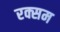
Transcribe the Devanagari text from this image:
रक्सम